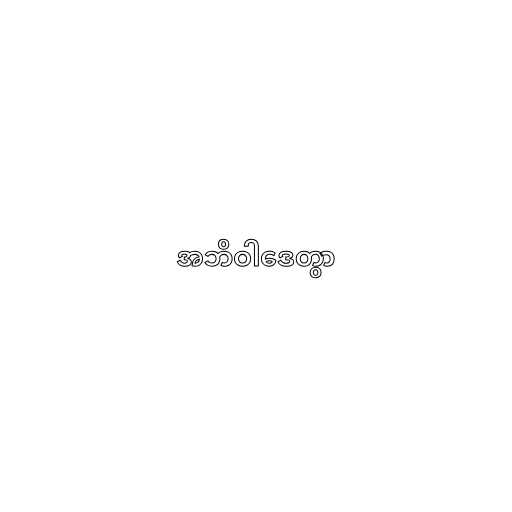
အဘိဝါဒေတွာ